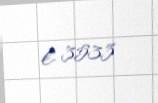
€ 3533